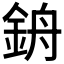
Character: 𨦞